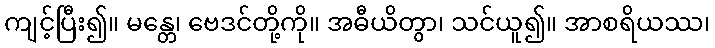
ကျင့်ပြီး၍။ မန္တေ၊ ဗေဒင်တို့ကို။ အဓီယိတွာ၊ သင်ယူ၍။ အာစရိယဿ၊